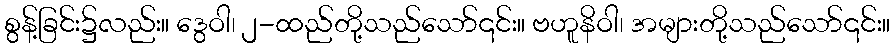
စွန့်ခြင်း၌လည်း။ ဒွေဝါ၊ ၂-ထည်တို့သည်သော်၎င်း။ ဗဟူနိဝါ၊ အများတို့သည်သော်၎င်း။